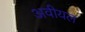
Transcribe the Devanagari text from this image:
अवीयल